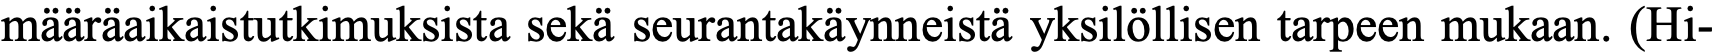
määräaikaistutkimuksista sekä seurantakäynneistä yksilöllisen tarpeen mukaan. (Hi-